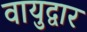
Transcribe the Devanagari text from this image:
वायुद्वार